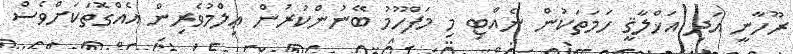
ރޫހާނީ އަދި އަޚްލާޤީ ހަމަތަކުން ނެއްޓި މި މަފްހޫމު ބޭނުންކުރުން ޢިލްމުވެރިން އެއްގޮތަކަށްވެސް